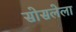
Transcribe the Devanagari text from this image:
सोसलेला